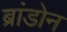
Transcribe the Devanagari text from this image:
ब्रांडोन